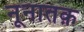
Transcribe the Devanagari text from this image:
नूनातक़